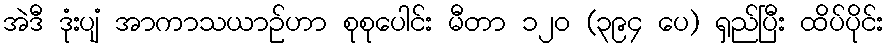
အဲဒီ ဒုံးပျံ အာကာသယာဉ်ဟာ စုစုပေါင်း မီတာ ၁၂၀ (၃၉၄ ပေ) ရှည်ပြီး ထိပ်ပိုင်း